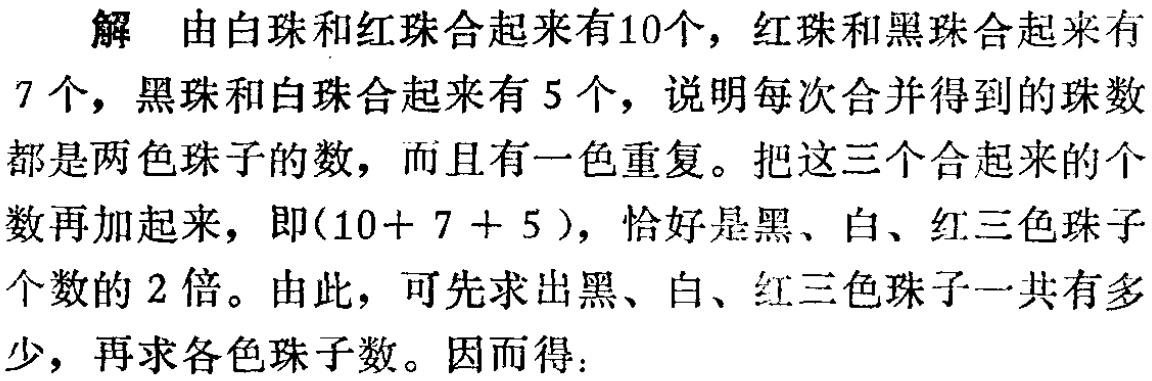
解 由白珠和红珠合起来有10个，红珠和黑珠合起来有7 个，黑珠和白珠合起来有 5 个，说明每次合并得到的珠数都是两色珠子的数，而且有一色重复。把这三个合起来的个数再加起来，即\((10 + 7 + 5)\)，恰好是黑、白、红三色珠子个数的 2 倍。由此，可先求出黑、白、红三色珠子一共有多少，再求各色珠子数。因而得：